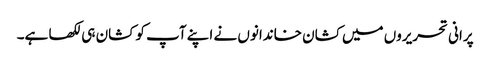
پرانی تحریروں میں کشان خاندانوں نے اپنے آپ کو کشان ہی لکھا ہے۔